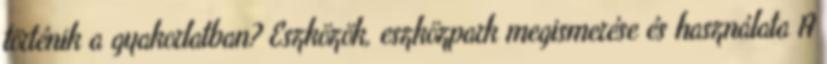
történik a gyakorlatban? Eszközök, eszközpark megismerése és használata A